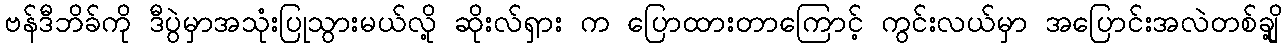
ဗန်ဒီဘိခ်ကို ဒီပွဲမှာအသုံးပြုသွားမယ်လို့ ဆိုးလ်ရှား က ပြောထားတာကြောင့် ကွင်းလယ်မှာ အပြောင်းအလဲတစ်ချို့